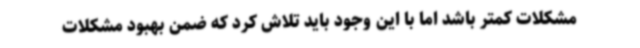
مشکلات کمتر باشد اما با این وجود باید تلاش کرد که ضمن بهبود مشکلات